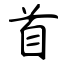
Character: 首